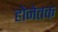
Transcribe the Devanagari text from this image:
होनेतक